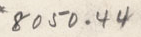
8050.44